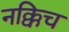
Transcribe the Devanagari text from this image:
नक्किच